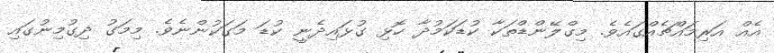
އެއް އަރިމައްޗެއްގައެވެ. މިގްލޭންޑްތަކާ ކުޑަކަމުދާ ހޮޅި ގުޅައިދެނީ ކުޑަ މަގަކުންނެވެ. މިމަގު ދިގުމިނުގައި